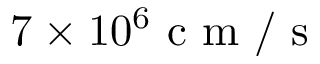
7 \times 1 0 ^ { 6 } \mathrm { ~ c ~ m ~ / ~ s ~ }